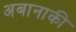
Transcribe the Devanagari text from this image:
अबानाकी